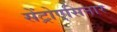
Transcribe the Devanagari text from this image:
सेंट्रोएसिनार